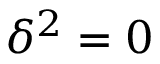
\delta ^ { 2 } = 0